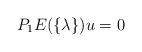
LaTeX: \begin{align*} P_1E(\{\lambda\})u=0\end{align*}